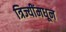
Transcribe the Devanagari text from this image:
त्रिज्यींमधून